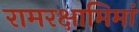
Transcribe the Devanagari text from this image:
रामरक्षामिमां